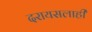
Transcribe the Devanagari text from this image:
दरायसलाही